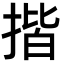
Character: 揩